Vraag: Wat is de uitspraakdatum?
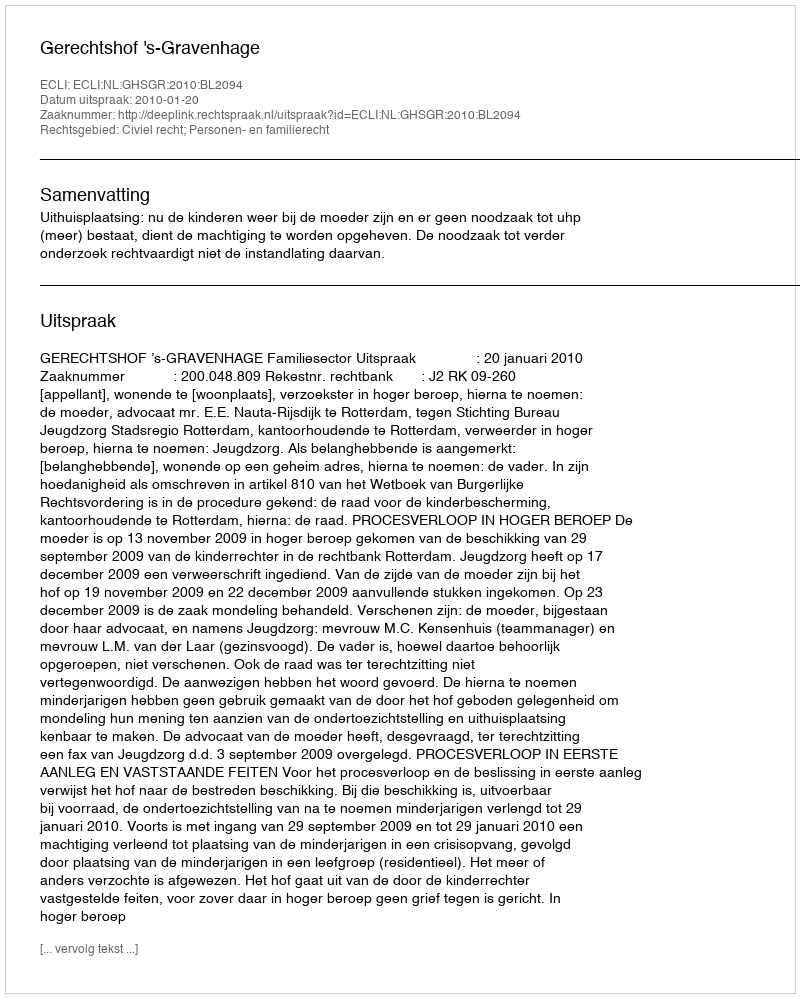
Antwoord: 2010-01-20